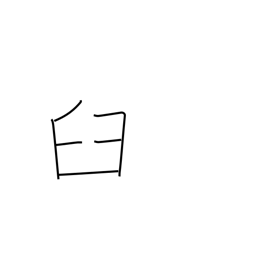
Meaning: mortar